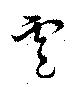
雹